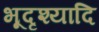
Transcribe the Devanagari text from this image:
भूदृश्यादि